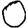
Digit: 0